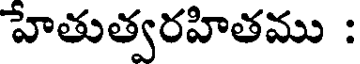
హేతుత్వరహితము :